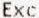
EXC